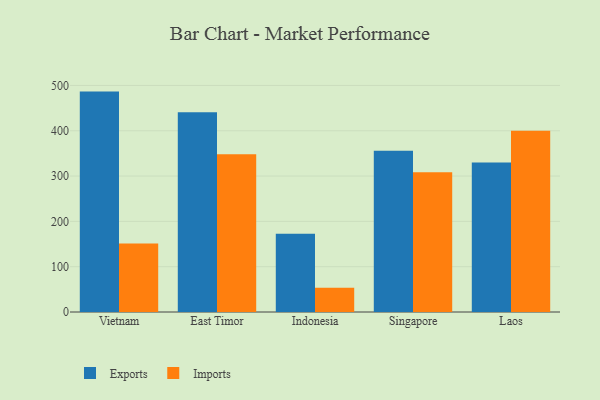
{"axis": {"x": "Country", "y": "Tickets Resolved"}, "legend": ["Exports", "Imports"], "data": [{"x": "Vietnam", "y": 486.4, "type": "Exports"}, {"x": "Vietnam", "y": 151.4, "type": "Imports"}, {"x": "East Timor", "y": 440.9, "type": "Exports"}, {"x": "East Timor", "y": 348.3, "type": "Imports"}, {"x": "Indonesia", "y": 172.6, "type": "Exports"}, {"x": "Indonesia", "y": 53.3, "type": "Imports"}, {"x": "Singapore", "y": 355.6, "type": "Exports"}, {"x": "Singapore", "y": 308.6, "type": "Imports"}, {"x": "Laos", "y": 330.2, "type": "Exports"}, {"x": "Laos", "y": 400.0, "type": "Imports"}]}